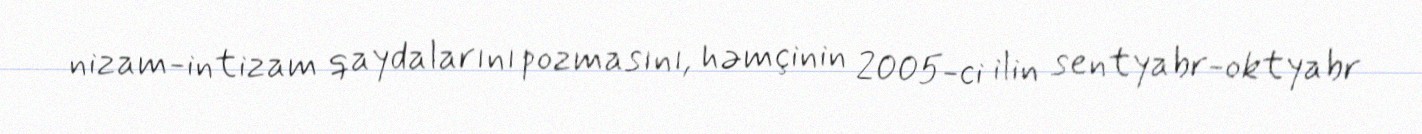
nizam-intizam qaydalarını pozmasını, həmçinin 2005-ci ilin sentyabr-oktyabr